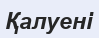
Қалуені